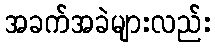
အခက်အခဲများလည်း